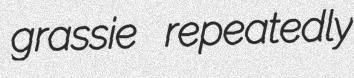
grassie repeatedly